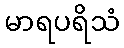
မာရပရိသံ